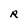
Character: R